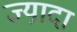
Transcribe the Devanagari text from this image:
ज्या़दा